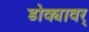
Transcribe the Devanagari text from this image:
डोक्यावर्